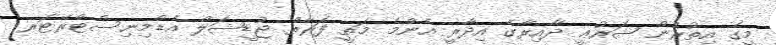
މީގެ އިތުރުން ޝަރުޢީ ދާއިރާގެ އިދާރީ އެންމެ މަތީ ފަރާތް ޖުޑީޝަލް އެޑްމިނިސްޓްރޭޓަރ